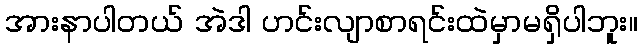
အားနာပါတယ် အဲဒါ ဟင်းလျာစာရင်းထဲမှာမရှိပါဘူး။